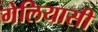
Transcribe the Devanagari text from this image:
गेलियासी